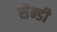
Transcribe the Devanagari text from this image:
सेन्डी